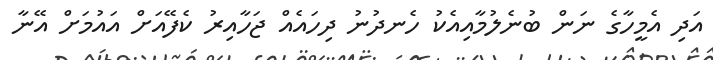
އަދި އެމީހާގެ ނަން ބުނެލުމާއިއެކު ހެނދުނު ދިހައެއް ޖަހާއިރު ކެފޭއަށް އައުމަށް އޭނާ